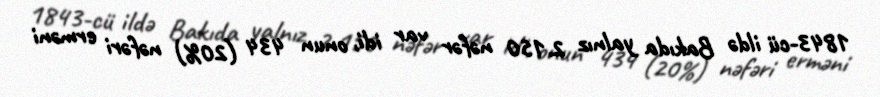
1843-cü ildə Bakıda yalnız 2.150 nəfər var idi, onun 434 (20%) nəfəri erməni